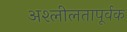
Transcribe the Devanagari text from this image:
अश्लीलतापूर्वक